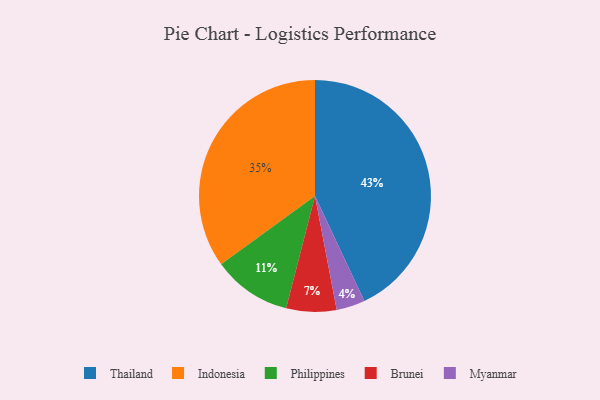
{"axis": {"x": "Category", "y": "Percentage"}, "legend": ["Brunei", "Indonesia", "Myanmar", "Philippines", "Thailand"], "data": [{"x": "Thailand", "y": 43, "type": "Thailand"}, {"x": "Brunei", "y": 7, "type": "Brunei"}, {"x": "Philippines", "y": 11, "type": "Philippines"}, {"x": "Myanmar", "y": 4, "type": "Myanmar"}, {"x": "Indonesia", "y": 35, "type": "Indonesia"}]}